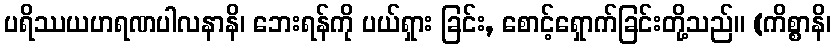
ပရိဿယဟရဏပါလနာနိ၊ ဘေးရန်ကို ပယ်ရှား ခြင်း, စောင့်ရှောက်ခြင်းတို့သည်။ (ကိစ္စာနိ၊